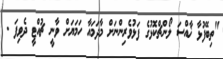
"ތިބޭފުޅާ ޚާއްސަ ލޯންޗްކޮޅުގެ ފަޅުވެރިންނަށް މާދަމައާ ހަމަޔަށް ވާނީ ޗުއްޓީ ދެވިފަ .